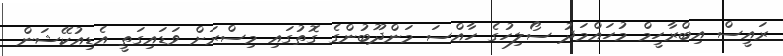
ރައީސް އިބްރާހީމް މުހައްމަދު ސޯލިހުގެ ހާއްސަ މަންދޫބުންގެ ގޮތުގައި މިސްރަށް ވަޑައިގަތީ އެޑިއުކޭޝަން